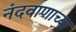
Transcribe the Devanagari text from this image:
नंदवाणाच्या